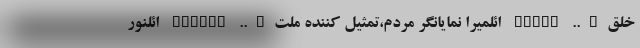
خلق….. ELQIZ ائلمیرا نمایانگر مردم،تمثیل کننده ملت….. ELMIRA ائلنور